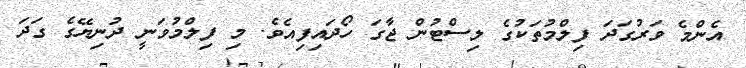
އެންމެ ވަރުގަދަ ފިލްމުތަކުގެ ލިސްޓުން ޖާގަ ހޯދައިފިއެވެ. މި ފިލްމުވަނީ ދުނިޔޭގެ ގަދަ